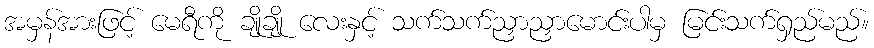
အမှန်အားဖြင့် မေရီကို ချိုချို လေးနှင့် သက်သက်ညှာညှာမောင်းပါမှ မြင်းသက်ရှည်မည်။